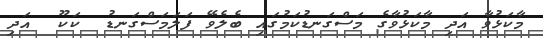
މާކަޅުވާ އަދި މާކަޅުވާގެ މަސްގަނޑުކަމުގައި ބެލެވޭ ފަލަމަސްގަނޑު  ކަކޫ  އަދި